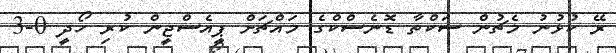
ރޭ ކުޅުނު މެޗުން ސަކްތާ ޑޮނެސްކްގެ މައްޗަށް ޕީއެސްޖީން ކުރި ހޯދީ 0-3